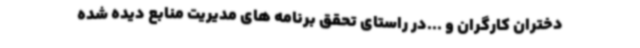
دختران کارگران و ...در راستای تحقق برنامه های مدیریت منابع دیده شده